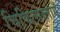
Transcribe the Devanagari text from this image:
चिकित्सालाएँ